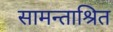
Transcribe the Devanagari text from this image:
सामन्ताश्रित